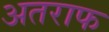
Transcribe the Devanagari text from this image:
अतराफ